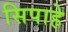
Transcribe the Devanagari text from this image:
सिपाहे